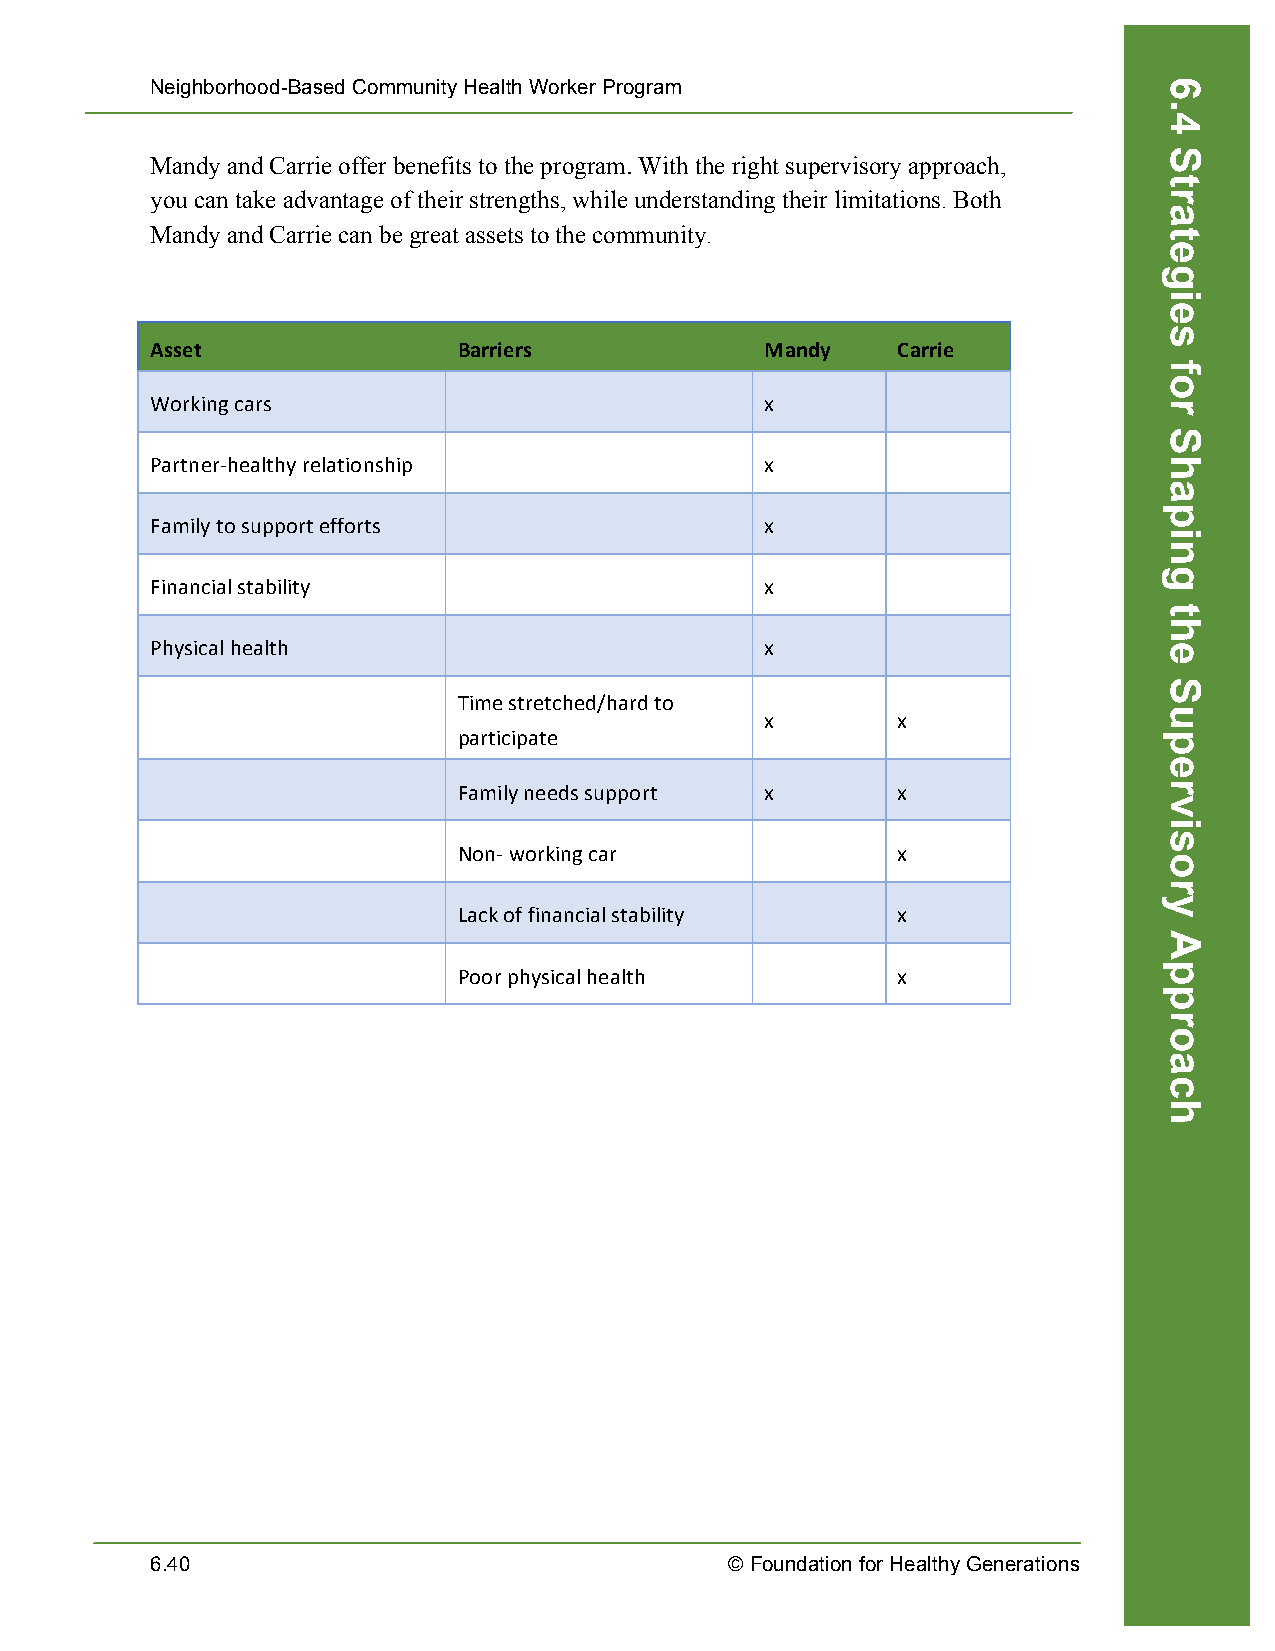
Neighborhood-Based Community Health Worker Program
 Mandy and Carrie offer benefits to the program. With the right supervisory approach,
 you can take advantage of their strengths, while understanding their limitations. Both
 Mandy and Carrie can be great assets to the community.
 Asset               Barriers             Mandy   Carrie
 Working cars                             x
 Partner-­‐healthy relationship           x
 Family to support efforts                x
 Financial stability                      x
 Physical health                          x
 Time stretched/hard to
 x       x
 participate
 Family needs support x       x
 Non-­‐ working car           x
 Lack of financial stability  x
 Poor physical health         x
 6.40                                  © Foundation for Healthy Generations
 6.4
 Strategies
 for
 Shaping
 the
 Supervisory
 Approach